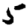
Digit: 5